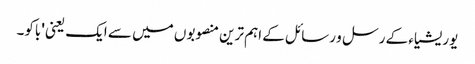
یوریشیاء کے رسل و رسائل کے اہم ترین منصوبوں میں سے ایک یعنی 'باکو۔